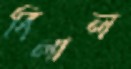
বিলাল